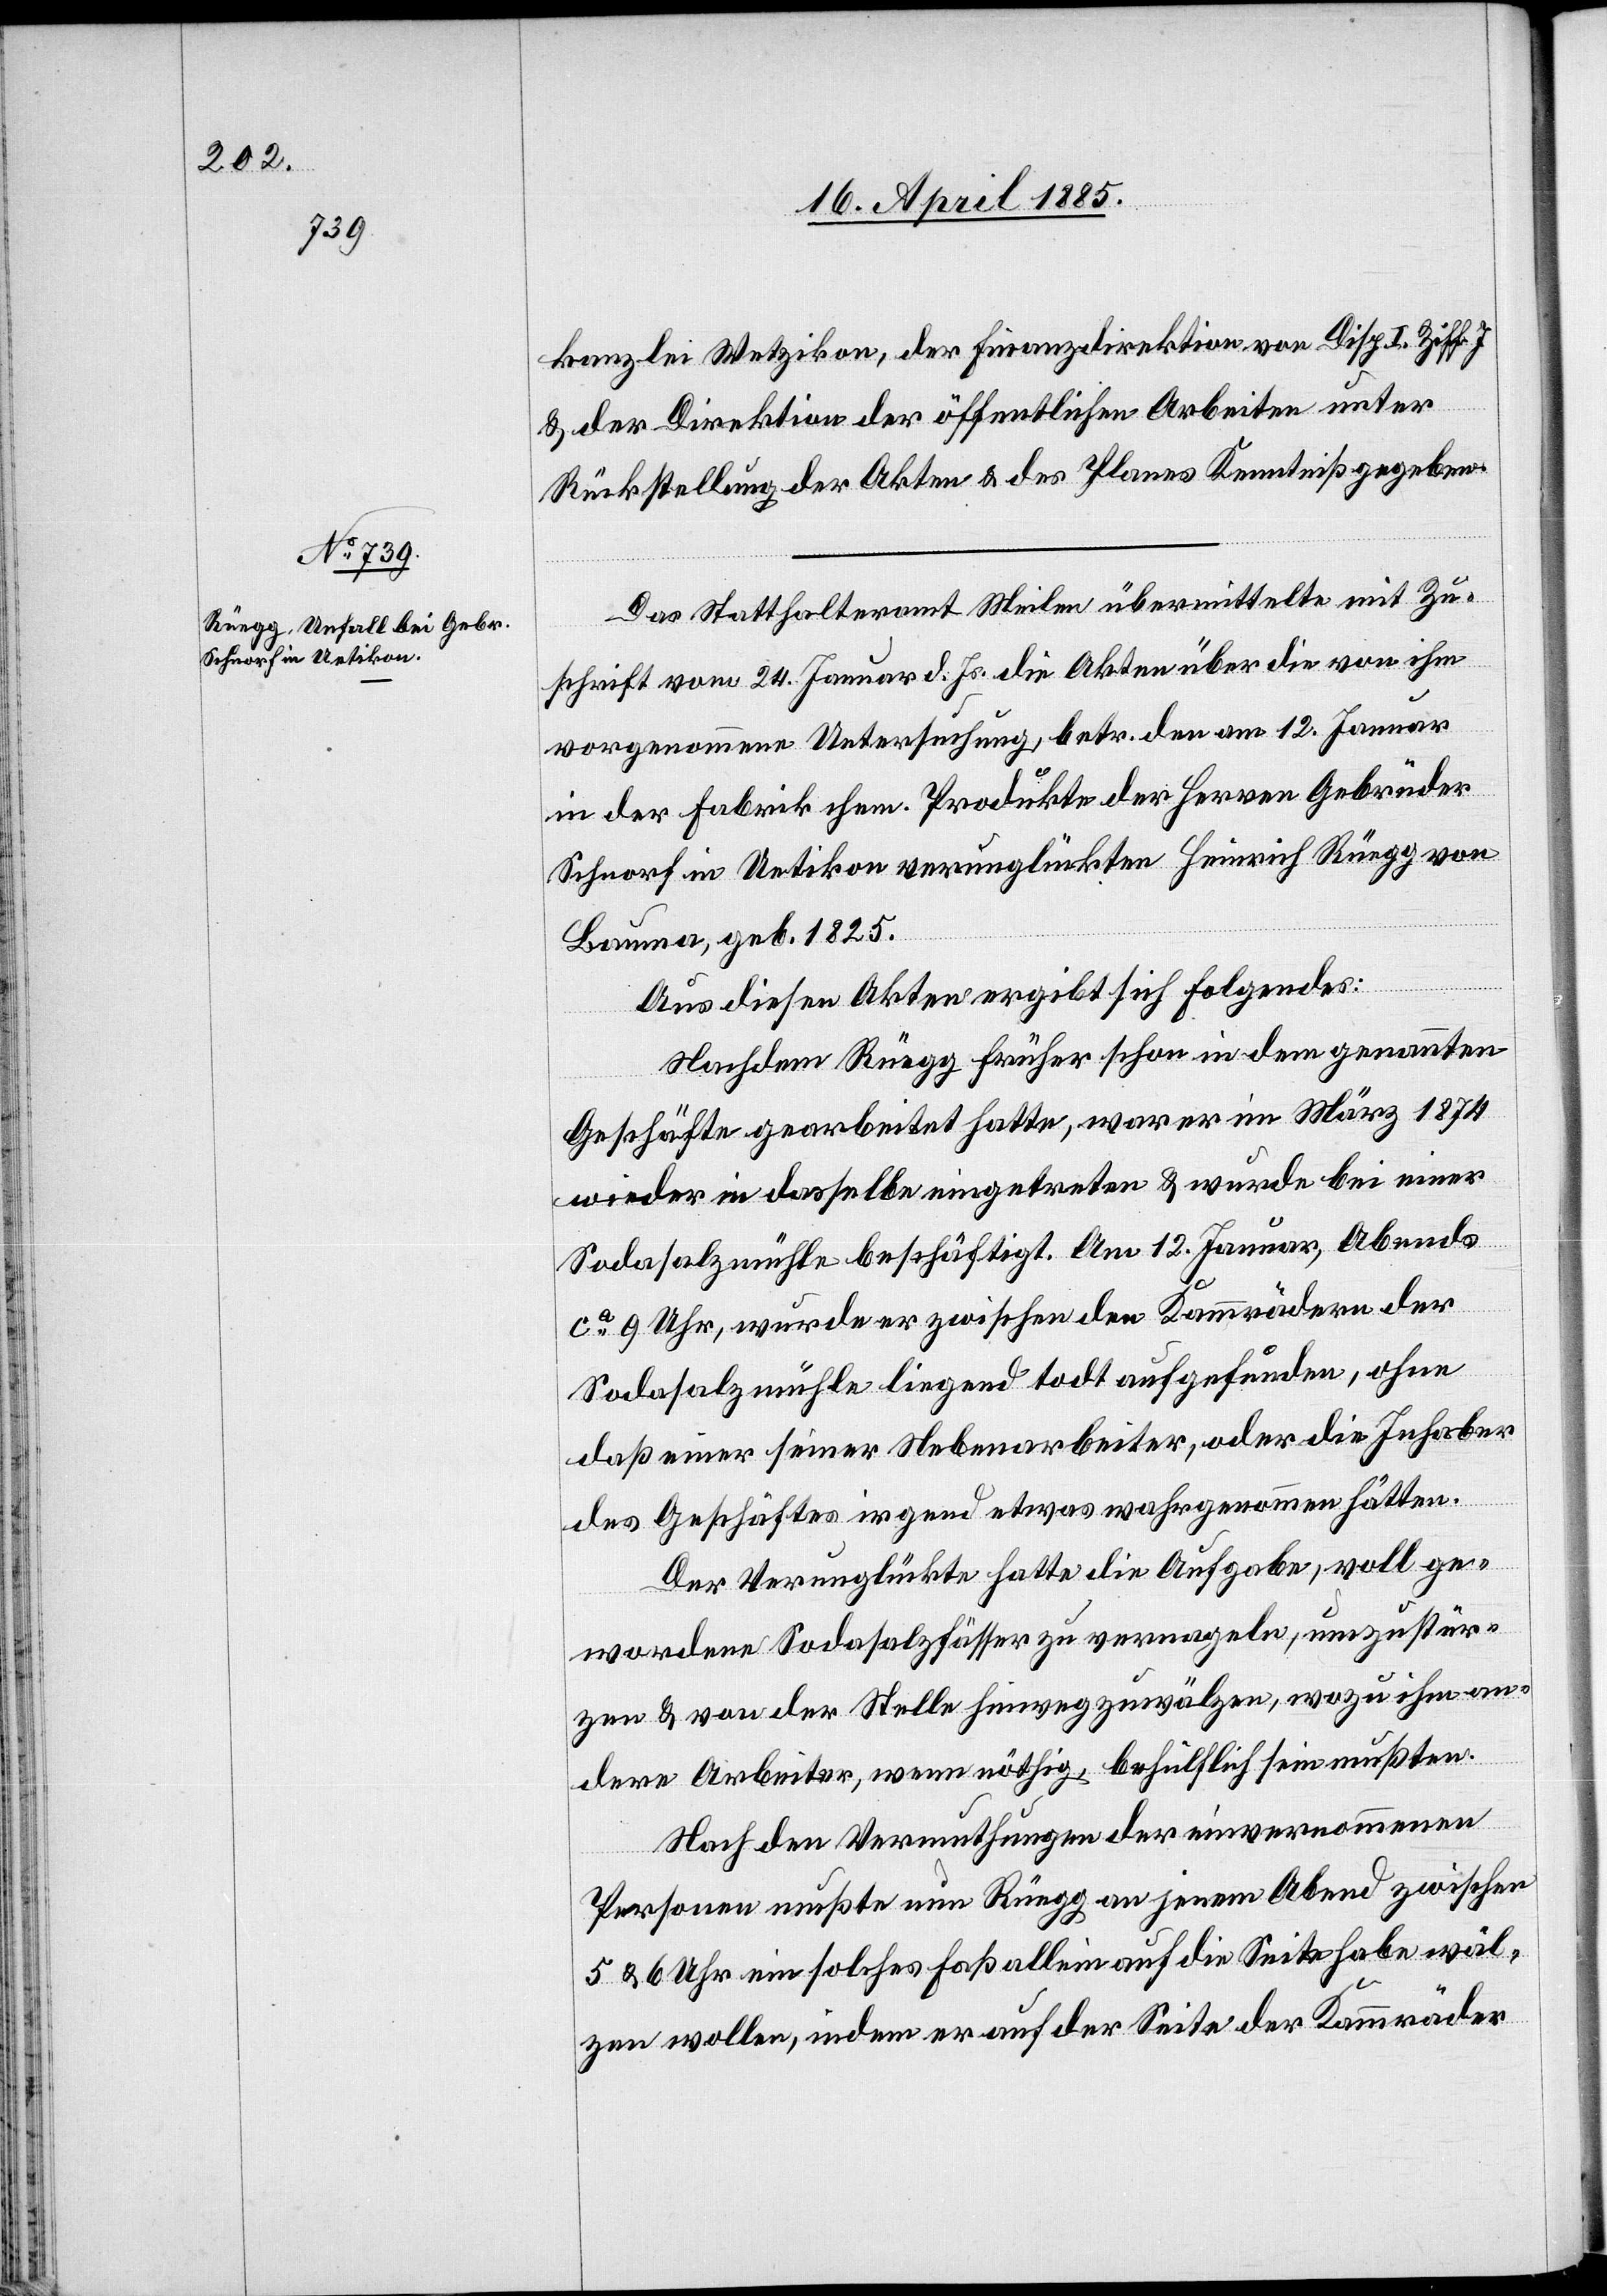
kanzlei Wetzikon, der Finanzdirektion von Disp. I. Ziff. 7
& der Direktion der öffentlichen Arbeiten unter
Rückstellung der Akten & des Planes Kenntniß gegeben.
Das Statthalteramt Meilen übermittelte mit Zu¬
schrift vom 24. Januar d. Js. die Akten über die von ihm
vorgenommene Untersuchung, betr. den am 12. Januar
in der Fabrik chem. Produkte der Herren Gebrüder
Schnorf in Uetikon verunglückten Heinrich Rüegg von
Bauma, geb. 1825.
Aus diesen Akten ergibt sich folgendes:
Nachdem Rüegg früher schon in dem genannten
Geschäfte gearbeitet hatte, war er im März 1874
wieder in dasselbe eingetreten & wurde bei einer
Sodasalzmühle beschäftigt. Am 12. Januar, Abends
ca 9 Uhr, wurde er zwischen den Kammrädern der
Sodasalzmühle liegend todt aufgefunden, ohne
daß einer seiner Nebenarbeiter, oder die Inhaber
des Geschäftes irgend etwas wahrgenommen hätten.
Der Verunglückte hatte die Aufgabe, voll ge¬
wordene Sodasalzfässer zu vernageln, umzustür¬
zen & von der Stelle hinweg zuwälzen, wozu ihm an¬
dere Arbeiter, wenn nöthig, behülflich sein mußten.
Nach den Vermuthungen der einvernommenen
Personen mußte nun Rüegg an jenem Abend zwischen
5 & 6 Uhr ein solches Faß allein auf die Seite habe wäl¬
zen wollen, indem er auf der Seite der Kammräder